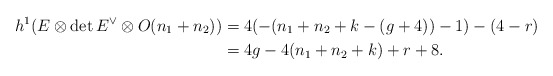
\begin{align*} h^{1}(E\otimes {\det E}^\vee \otimes O(n_1 + n_2)) &= 4(-(n_1 + n_2 + k -(g+4))-1) - (4-r) \\ &= 4g - 4(n_1+n_2+k) + r + 8. \end{align*}